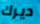
ديرك